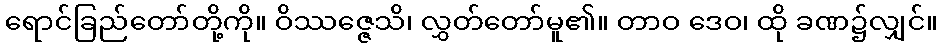
ရောင်ခြည်တော်တို့ကို။ ဝိဿဇ္ဇေသိ၊ လွှတ်တော်မူ၏။ တာဝ ဒေဝ၊ ထို ခဏ၌လျှင်။